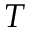
T